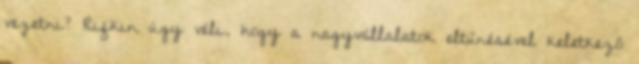
vezetni? Rifkin úgy véli, hogy a nagyvállalatok eltűnésével keletkező